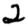
Digit: 2